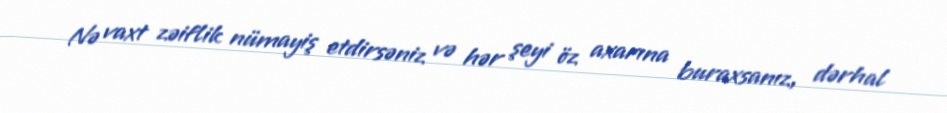
Nə vaxt zəiflik nümayiş etdirsəniz və hər şeyi öz axarına buraxsanız, dərhal